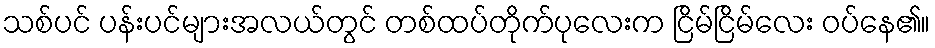
သစ်ပင် ပန်းပင်များအလယ်တွင် တစ်ထပ်တိုက်ပုလေးက ငြိမ်ငြိမ်လေး ဝပ်နေ၏။